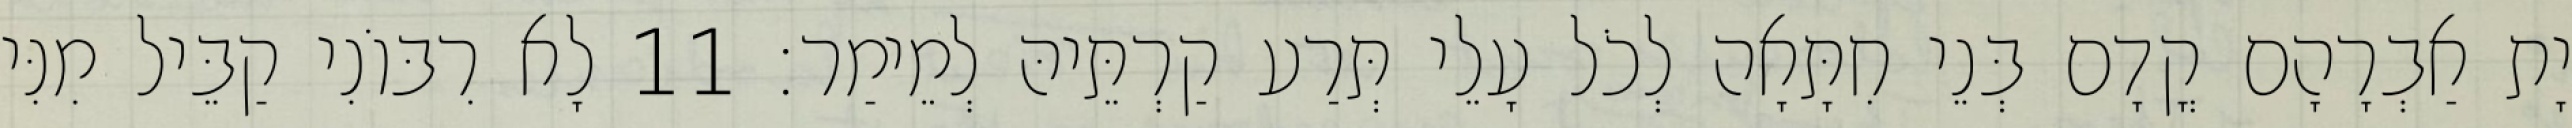
יָת אַבְרָהָם קֳדָם בְּנֵי חִתָּאָה לְכֹל עָלֵי תְּרַע קַרְתֵּיהּ לְמֵימַר׃ 11 לָא רִבּוֹנִי קַבֵּיל מִנִּי